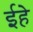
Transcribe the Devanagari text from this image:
ईहे